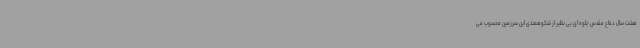
هشت سال دفاع مقدس جلوه ای بی نظیر از شکوهمندی این سرزمین محسوب می